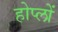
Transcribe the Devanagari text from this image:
होप्लों